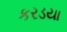
કરડયા